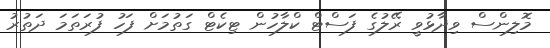
މޮލިންސް ވިދާޅުވީ ރޭލުގެ ފަސްޓް ކްލާހުން ޓިކެޓް ގަތުމަށް ފަހު ފުރަތަމަ ދަތުރު